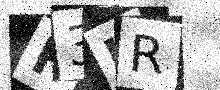
Text: F3UR